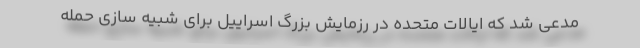
مدعی شد که ایالات متحده در رزمایش بزرگ اسراییل برای شبیه سازی حمله